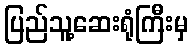
ပြည်သူ့ဆေးရုံကြီးမှ